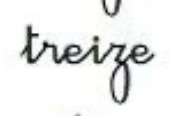
treize